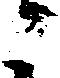
ニ